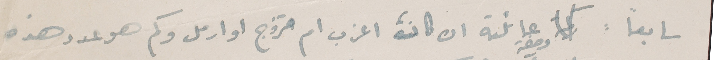
سابعاً : وصفة عائلته ان كان، اعزب ام متزوج او ارمل وكم هو عدد هذه